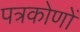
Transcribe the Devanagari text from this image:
पत्रकोणों